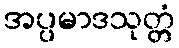
အပ္ပမာဒသုတ္တံ